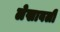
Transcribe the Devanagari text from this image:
लेखावली